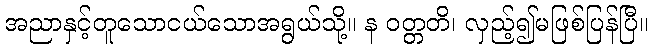
အညာနှင့်တူသောငယ်သောအရွယ်သို့။ န ဝတ္တတိ၊ လှည့်၍မဖြစ်ပြန်ပြီ။